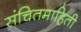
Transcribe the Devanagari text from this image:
संचितमाहिती